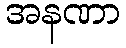
အနဏာ